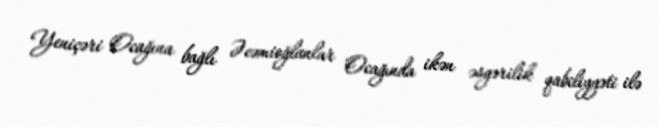
Yeniçəri Ocağına bağlı Əcəmioğlanlar Ocağında ikən əsgərilik qabiliyyəti ilə